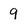
Character: 9